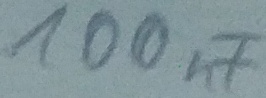
Text: 100nF